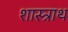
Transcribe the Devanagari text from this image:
शास्त्राथ